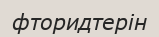
фторидтерін